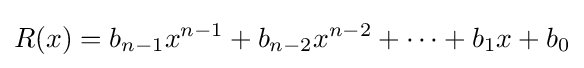
R(x)=b_{n-1}x^{n-1}+b_{n-2}x^{n-2}+\cdots +b_{1}x+b_{0}